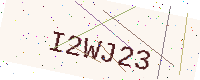
Text: I2WJ23